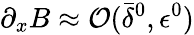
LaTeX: \partial_{x}B\approx{\mathcal O}(\bar{\delta}^{0},{\epsilon}^{0})